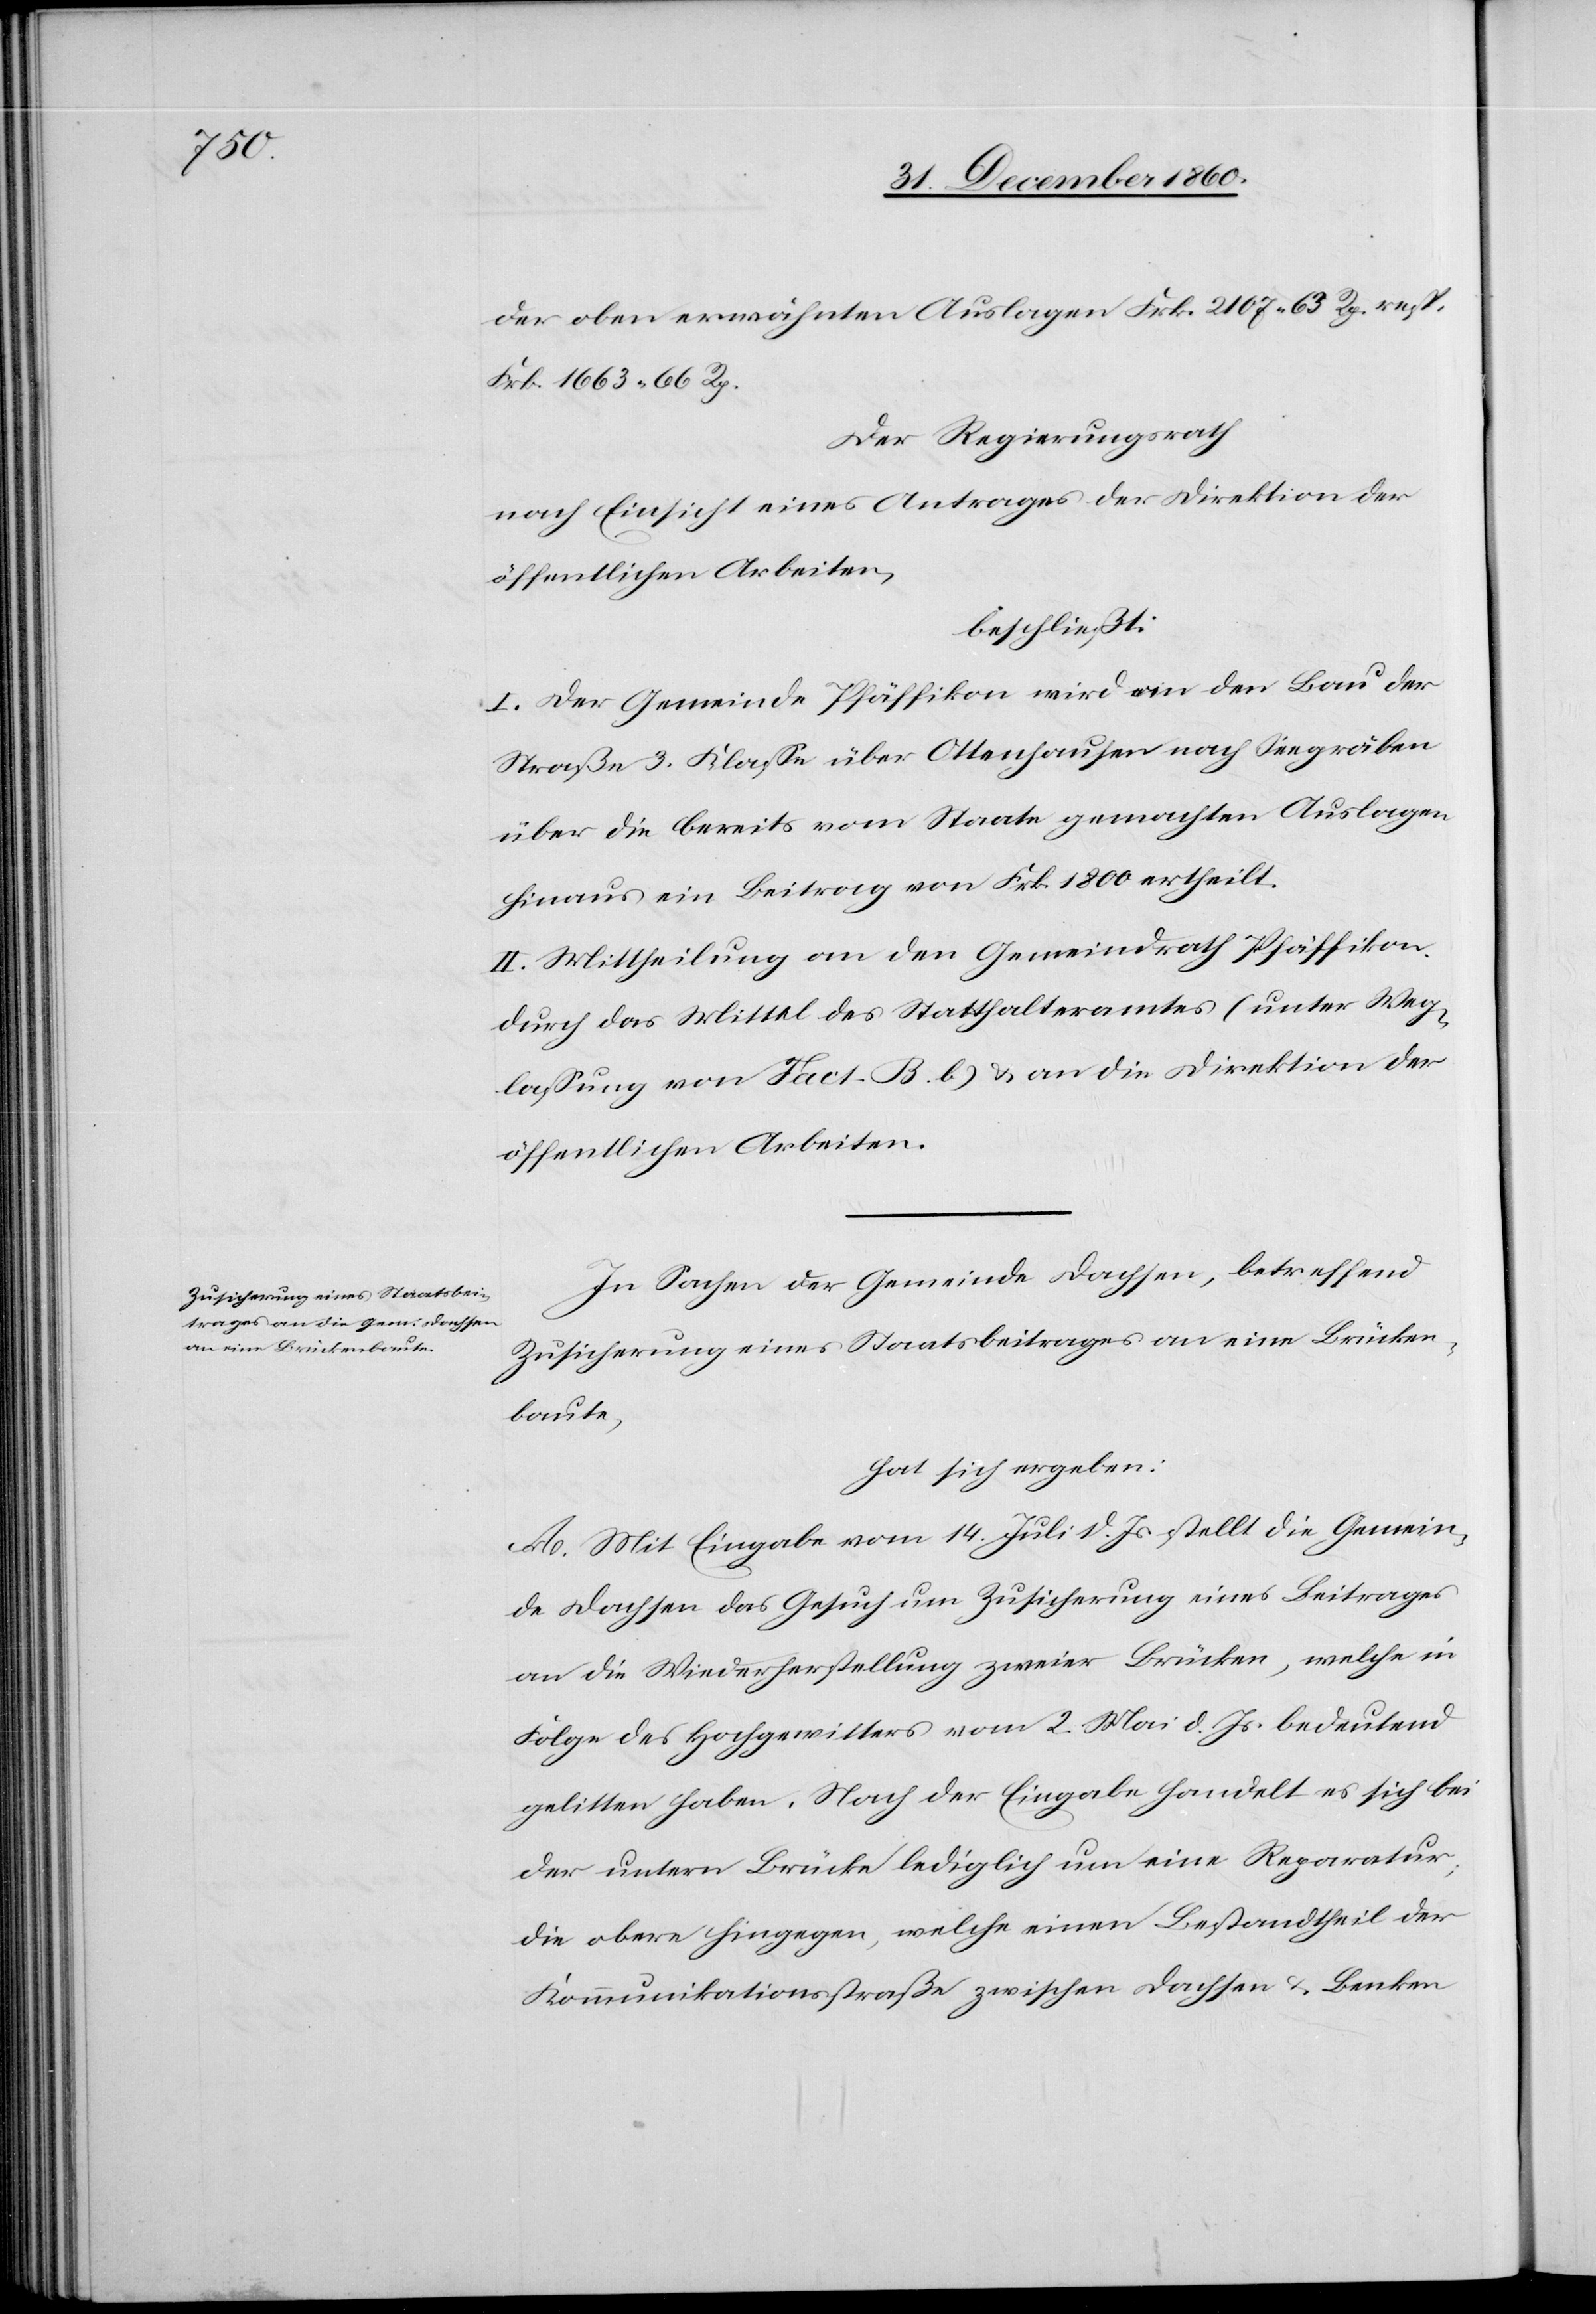
der oben erwähnten Auslagen Frk. 2107 63 Rp. resp.
Frk. 1663 66 Rp.
Der Regierungsrath
nach Einsicht eines Antrages der Direktion der
öffentlichen Arbeiten,
beschließt:
I. Der Gemeinde Pfäffikon wird an den Bau der
Straße 3. Klasse über Ottenhausen nach Seegräben
über die bereits vom Staate gemachten Auslagen
hinaus ein Beitrag von Frk. 1800 ertheilt.
II. Mittheilung an den Gemeindrath Pfäffikon
durch das Mittel des Statthalteramtes (unter Weg¬
lassung von Fact. B. b.) u. an die Direktion der
öffentlichen Arbeiten.
In Sachen der Gemeinde Dachsen, betreffend
Zusicherung eines Staatsbeitrages an eine Brücken¬
baute,
hat sich ergeben:
A. Mit Eingabe vom 14. Juli d. Js. stellt die Gemein¬
de Dachsen das Gesuch um Zusicherung eines Beitrages
an die Wiederherstellung zweier Brücken, welche in
Folge des Hochgewitters vom 2. Mai d. Js. bedeutend
gelitten haben. Nach der Eingabe handelt es sich bei
der untern Brücke lediglich um eine Reparatur;
die obere hingegen, welche einen Bestandtheil der
Kommunikationsstraße zwischen Dachsen u. Benken